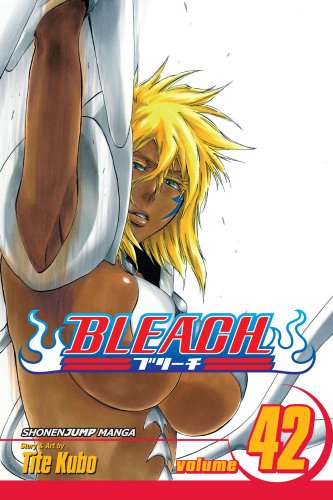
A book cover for Bleach, Vol. 42; Tite Kubo; Teen & Young Adult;